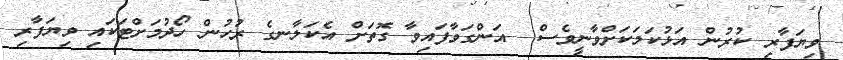
ވިޔަފާރި ކުރުން އަޅުކަމަކަށްވާނީވެސް  އަންގަވާފައިވާ ގޮތަށް އެކަލާނގެ ރުހުން ހޯދުމަށްޓަކައި ވިޔަފާރި